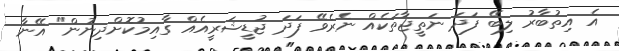
އެ އިތުބާރު ލިބޭ ފަދަ ނަތީޖާތަކެއް ނެރެވޭ ފަދަ ޖުޑީޝަރީއެއް ގާއިމުކޮށްދިނުން" އޭނާ